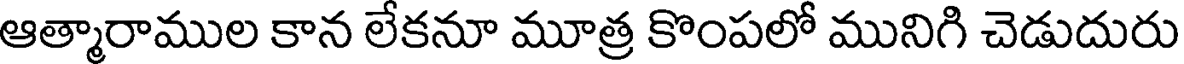
ఆత్మారాముల కాన లేకనూ మూత్ర కొంపలో మునిగి చెడుదురు